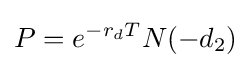
P=e^{-r_{d}T}N(-d_{2})